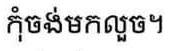
កុំចង់មកលួច។